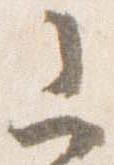
山